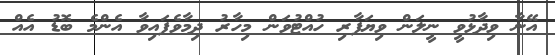
އޭނާ ވިދާޅުވީ ނީލަން ވިޔަފާރި ހުއްޓުވަން މިހާރު ދިމާވެފައިވާ އެންމެ ބޮޑު އެއް